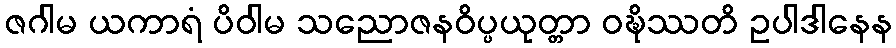
ဇဂါမ ယကာရံ ပိဝါမ သညောဇနဝိပ္ပယုတ္တာ ဝဍ္ဎိဿတိ ဥပါဒါနေန